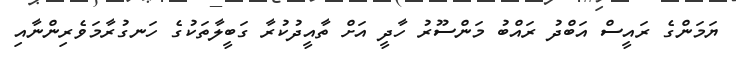
ޔަމަންގެ ރައީސް އަބްދު ރައްބު މަންސޫރު ހާދީ އަށް ތާއީދުކުރާ ގަބީލާތަކުގެ ހަނގުރާމަވެރިންނާއި